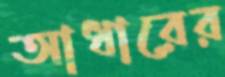
আধারের